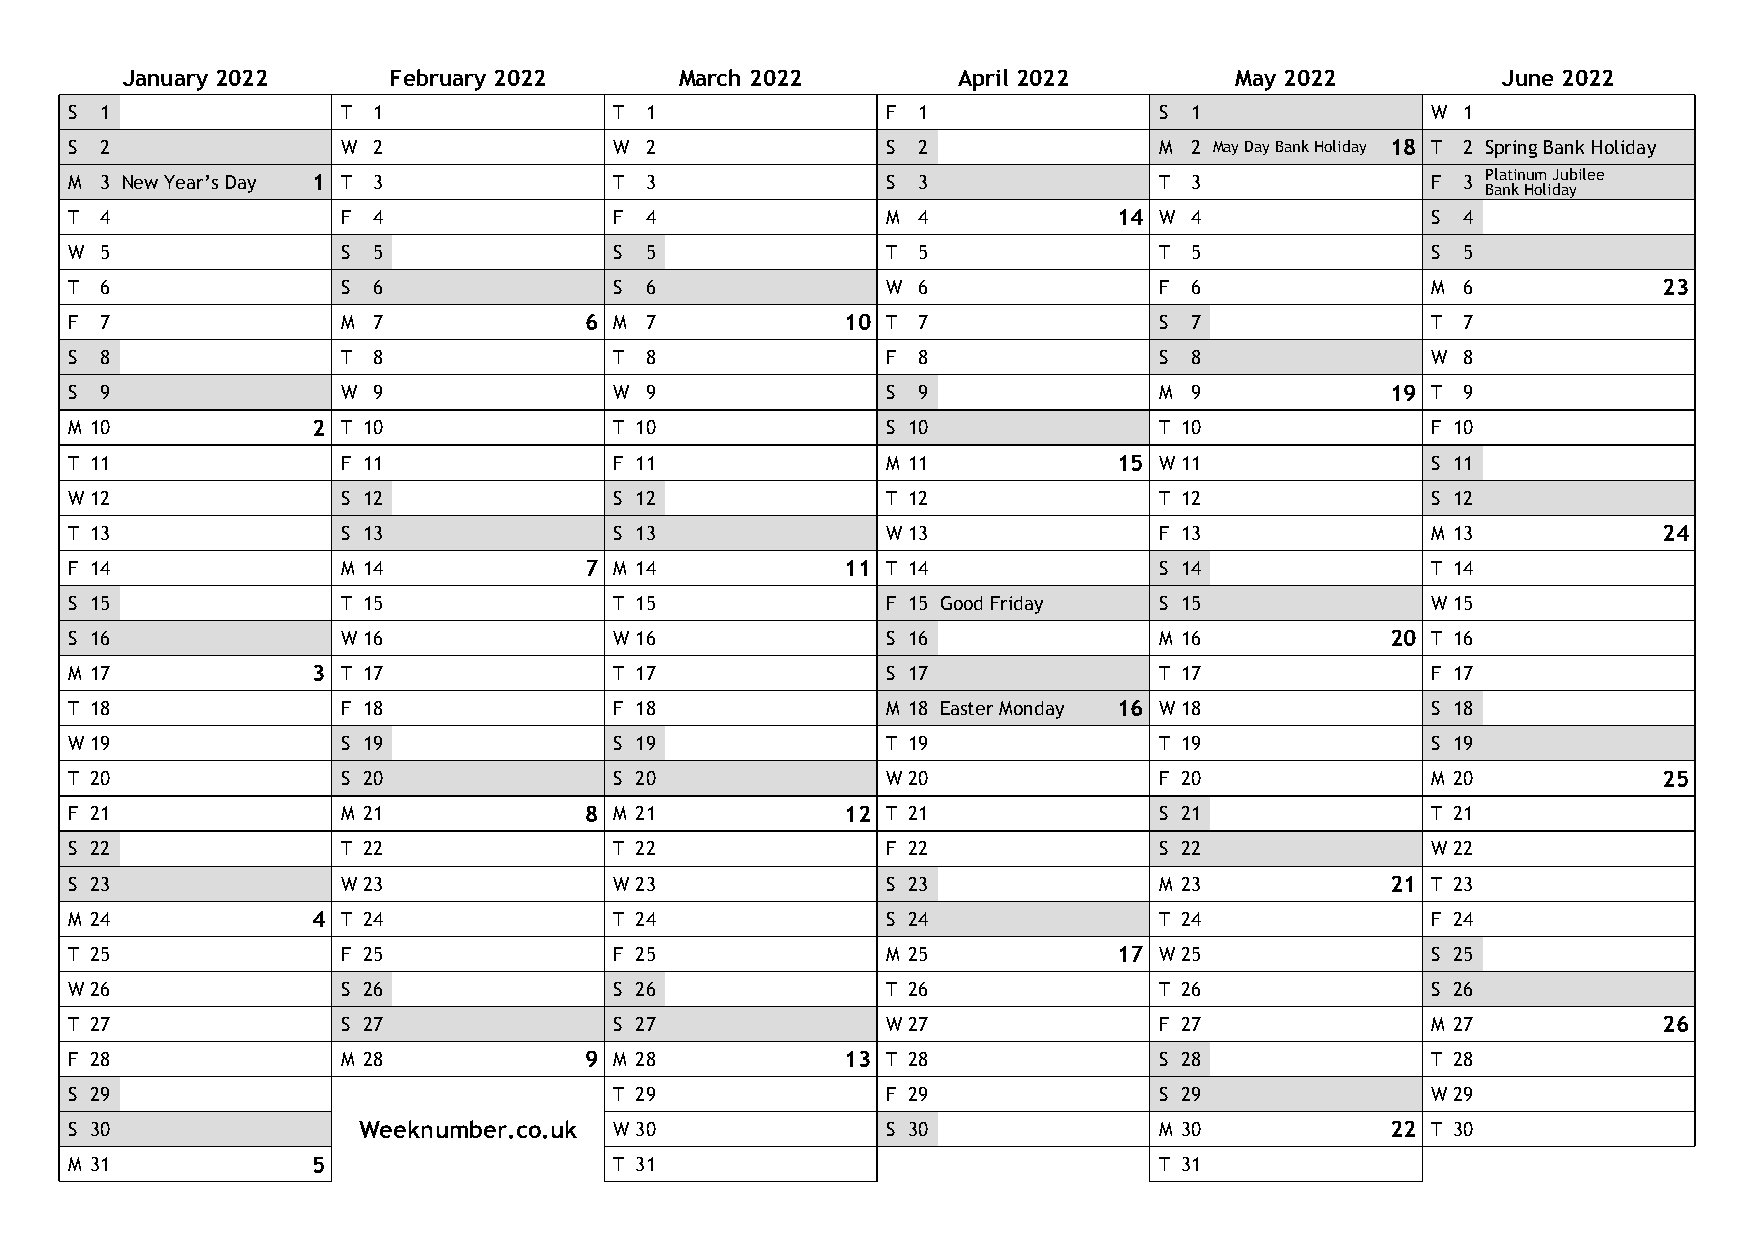
January 2022      February 2022      March 2022        April 2022         May 2022         June 2022
 S  1               T 1               T 1               F 1               S 1               W 1
 S  2               W 2               W 2               S 2               M 2 May Day Bank Holiday 18 T 2 Spring Bank Holiday
 M  3 New Year’s Day 1 T 3            T 3               S 3               T 3               F 3 Platinum Jubilee
 Bank Holiday
 T  4               F 4               F 4               M 4            14 W 4               S 4
 W  5               S 5               S 5               T 5               T 5               S 5
 T  6               S 6               S 6               W 6               F 6               M 6            23
 F  7               M 7             6 M 7            10 T 7               S 7               T 7
 S  8               T 8               T 8               F 8               S 8               W 8
 S  9               W 9               W 9               S 9               M 9            19 T 9
 M 10             2 T 10              T 10              S 10              T 10              F 10
 T 11               F 11              F 11              M 11           15 W11               S 11
 W12                S 12              S 12              T 12              T 12              S 12
 T 13               S 13              S 13              W13               F 13              M 13           24
 F 14               M 14            7 M 14           11 T 14              S 14              T 14
 S 15               T 15              T 15              F 15 Good Friday  S 15              W15
 S 16               W16               W16               S 16              M 16           20 T 16
 M 17             3 T 17              T 17              S 17              T 17              F 17
 T 18               F 18              F 18              M 18 Easter Monday 16 W18           S 18
 W19                S 19              S 19              T 19              T 19              S 19
 T 20               S 20              S 20              W20               F 20              M 20           25
 F 21               M 21            8 M 21           12 T 21              S 21              T 21
 S 22               T 22              T 22              F 22              S 22              W22
 S 23               W23               W23               S 23              M 23           21 T 23
 M 24             4 T 24              T 24              S 24              T 24              F 24
 T 25               F 25              F 25              M 25           17 W25               S 25
 W26                S 26              S 26              T 26              T 26              S 26
 T 27               S 27              S 27              W27               F 27              M 27           26
 F 28               M 28            9 M 28           13 T 28              S 28              T 28
 S 29                                 T 29              F 29              S 29              W29
 S 30                Weeknumber.co.uk W30               S 30              M 30           22 T 30
 M 31             5                   T 31                                T 31